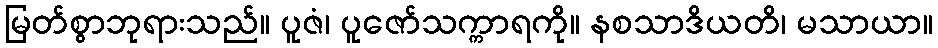
မြတ်စွာဘုရားသည်။ ပူဇံ၊ ပူဇော်သက္ကာရကို။ နစသာဒိယတိ၊ မသာယာ။